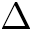
\Delta